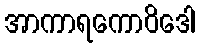
အာကာရကောဝိဒေါ